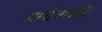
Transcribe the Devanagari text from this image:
प्रादेशादि